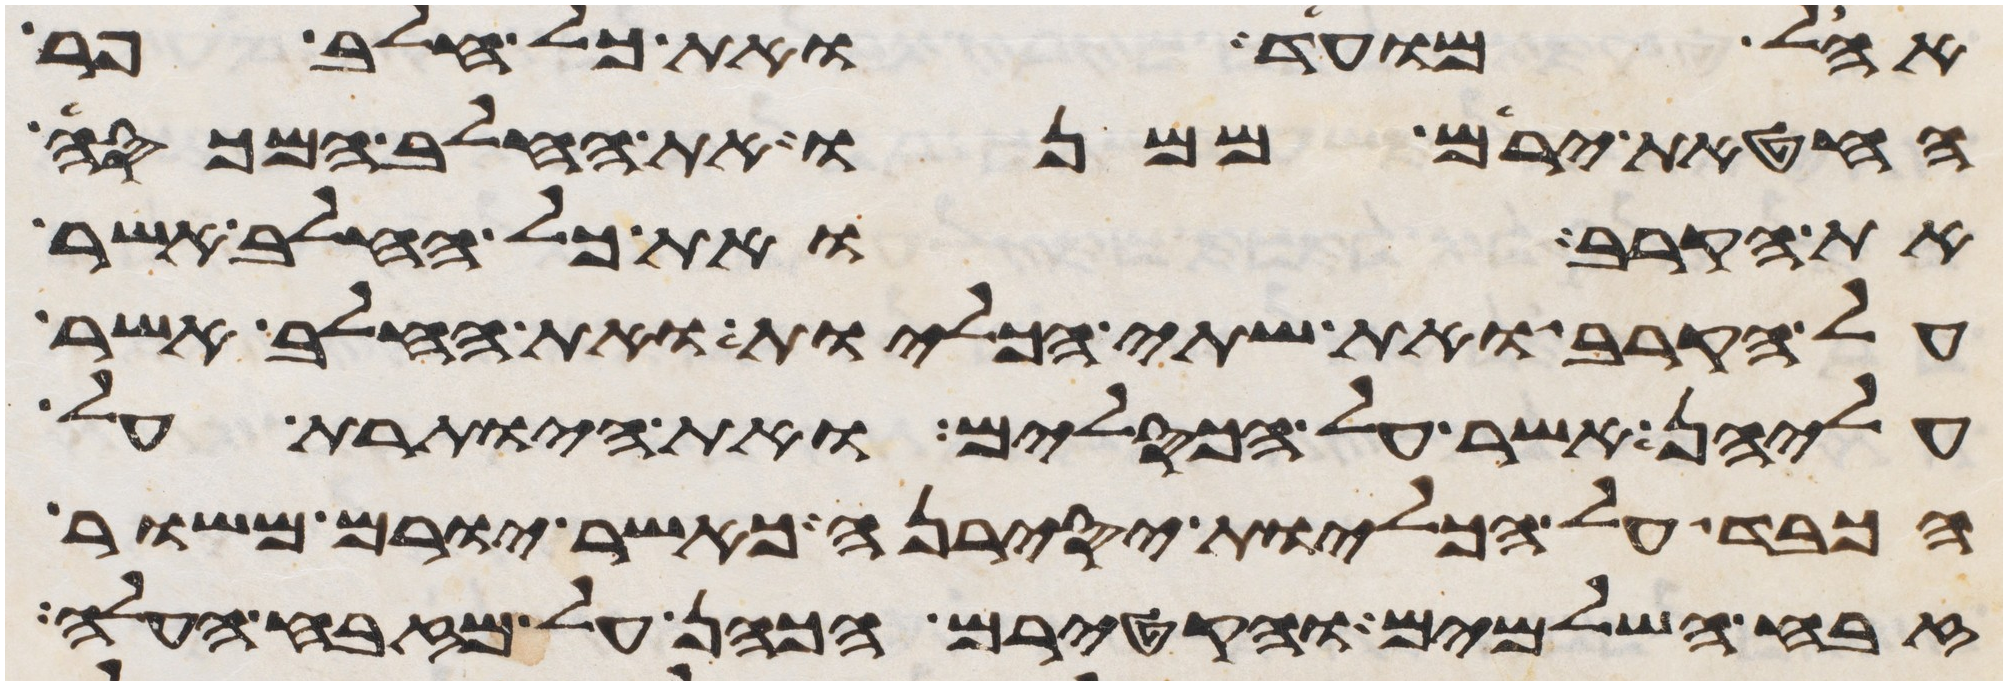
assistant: אהל מועד ואת כל חלב פר
החטאת ירים ממנו את החלב המכסה
את הקרב ואת כל החלב אשר
על הקרב ואת שתי הכליות ואת החלב אשר
עליהן אשר על הכסלים ואת היותרת על
הכבד על הכליות יסירנה כאשר יורם משור
זבח השלמים והקטירם הכהן על מזבח העלה